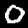
Digit: 0